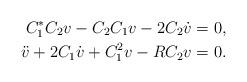
LaTeX: \begin{align*}C_1^* C_2v - C_2 C_1 v - 2 C_2 \dot{v} & = 0, \\\ddot{v} + 2 C_1 \dot{v} + C_1^2 v - RC_2 v &= 0. \end{align*}